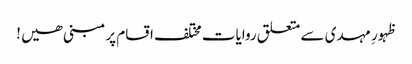
ظہورِ مہدی سے متعلق روایات مختلف اقسام پر مبنی ھیں !